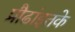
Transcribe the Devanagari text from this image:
प्रौढांइतके